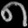
Digit: ၈